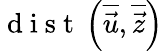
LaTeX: \mathrm{~d~i~s~t~}\left(\overline{{\vec{u}}},\overline{{\vec{z}}}\right)